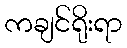
ကချင်ရိုးရာ